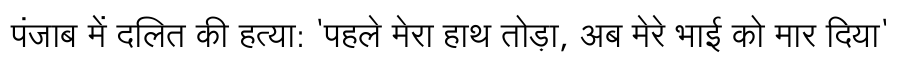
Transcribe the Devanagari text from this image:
पंजाब में दलित की हत्या: 'पहले मेरा हाथ तोड़ा, अब मेरे भाई को मार दिया'